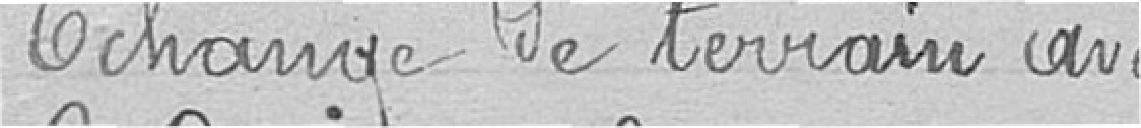
Échange de terrain avec